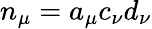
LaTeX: n_{\mu}=a_{\mu}c_{\nu}d_{\nu}